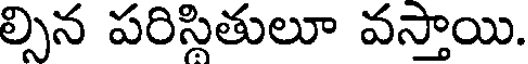
ల్సిన పరిస్లితులూ వస్తాయి.